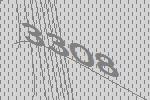
3308